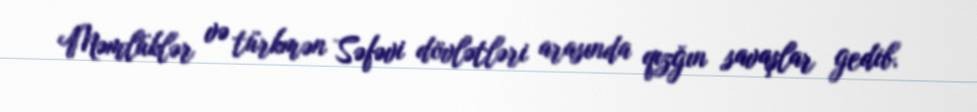
Məmlüklər və türkmən Səfəvi dövlətləri arasında qızğın savaşlar gedib.